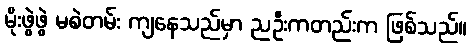
မိုးဖွဲဖွဲ မစဲတမ်း ကျနေသည်မှာ ညဦးကတည်းက ဖြစ်သည်။